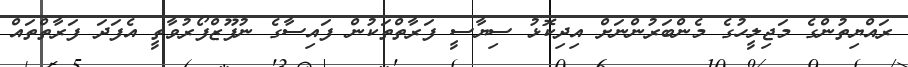
ރައްޔިތުންގެ މަޖިލީހުގެ މެންބަރުންނަށް އިދިކޮޅު ސިޔާސީ ފަރާތްތަކުން ފައިސާގެ ނުފޫޒްފޯރުވާތީ އެފަދަ ފަރާތްތައް